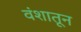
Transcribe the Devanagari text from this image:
वंशातून